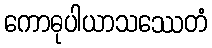
ကောဓုပါယာသဿေတံ